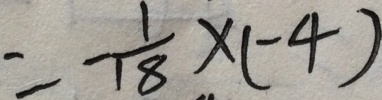
= - \frac { 1 } { 1 8 } \times ( - 4 )